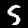
Label: 5